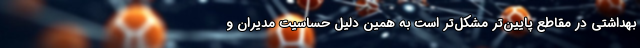
بهداشتی در مقاطع پایین‌تر مشکل‌تر است به همین دلیل حساسیت مدیران و